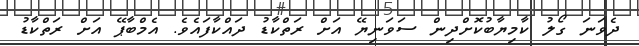
ދެވަނަ ގޯލު ކާމިޔާބުކޮށްދިން ސަވަނިޔޭ އަށް ރަތްކާޑު ދައްކާފައެވެ. އެމްބާޕޭ އަށް ރަތްކާޑު